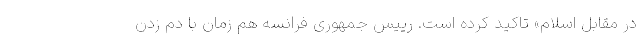
در مقابل اسلام» تاکید کرده است. رییس جمهوری فرانسه هم زمان با دم زدن